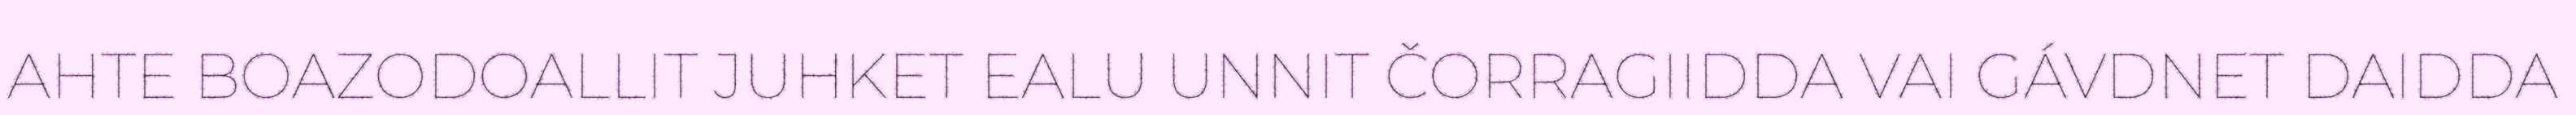
AHTE BOAZODOALLIT JUHKET EALU UNNIT ČORRAGIIDDA VAI GÁVDNET DAIDDA